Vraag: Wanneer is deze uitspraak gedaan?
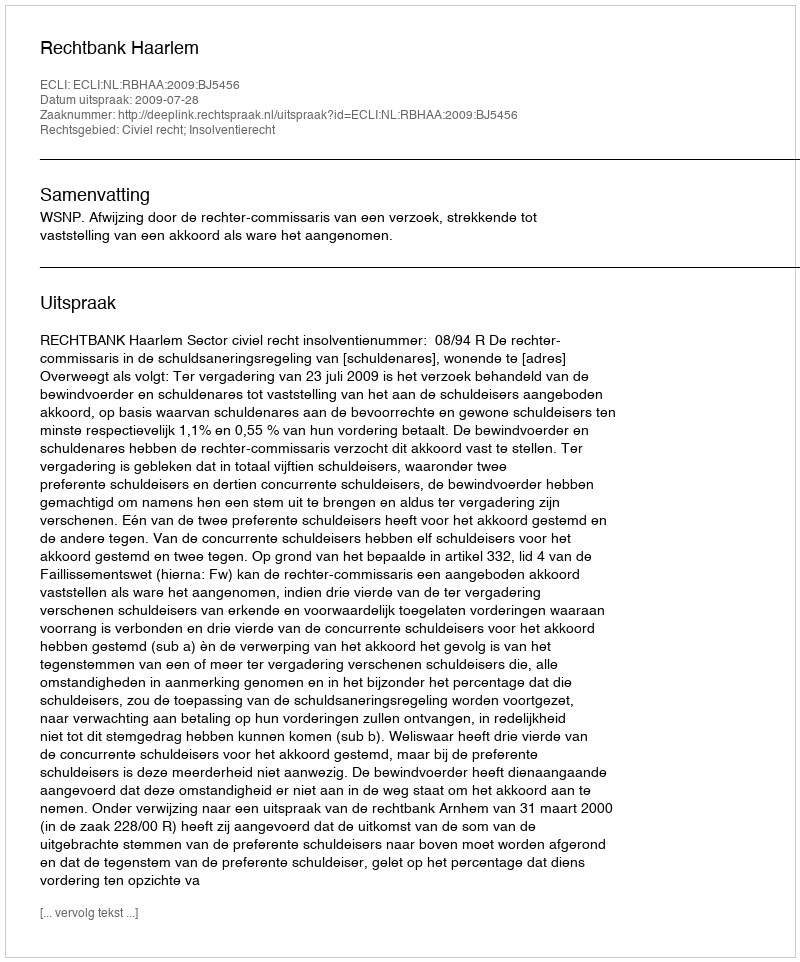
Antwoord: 2009-07-28